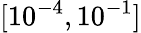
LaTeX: [10^{-4},10^{-1}]